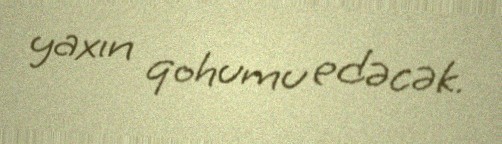
yaxın qohumu edəcək.